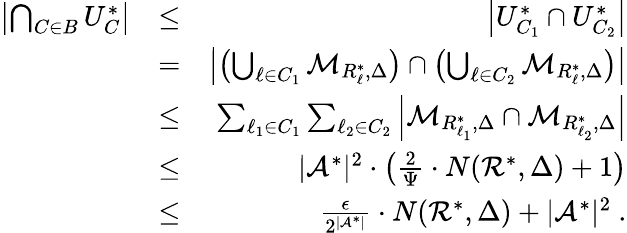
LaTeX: \begin{array}{rlr}{\left|\bigcap_{C\in B}U_{C}^{*}\right|}&{\leq}&{\left|U_{C_{1}}^{*}\cap U_{C_{2}}^{*}\right|}\\ &{=}&{\left|\left(\bigcup_{\ell\in C_{1}}{\cal M}_{R_{\ell}^{*},\Delta}\right)\cap\left(\bigcup_{\ell\in C_{2}}{\cal M}_{R_{\ell}^{*},\Delta}\right)\right|}\\ &{\leq}&{\sum_{\ell_{1}\in C_{1}}\sum_{\ell_{2}\in C_{2}}\left|{\cal M}_{R_{\ell_{1}}^{*},\Delta}\cap{\cal M}_{R_{\ell_{2}}^{*},\Delta}\right|}\\ &{\leq}&{|{\cal A}^{*}|^{2}\cdot\left(\frac{2}{\Psi}\cdot N({\cal R}^{*},\Delta)+1\right)}\\ &{\leq}&{\frac{\epsilon}{2^{|{\cal A}^{*}|}}\cdot N({\cal R}^{*},\Delta)+|{\cal A}^{*}|^{2}\ .}\end{array}